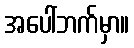
အပေါ်ဘက်မှာ။